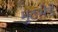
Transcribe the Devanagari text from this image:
मुठभ़ेडें